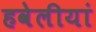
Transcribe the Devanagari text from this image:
हवेलीयां